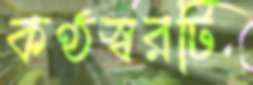
কণ্ঠস্বরটি